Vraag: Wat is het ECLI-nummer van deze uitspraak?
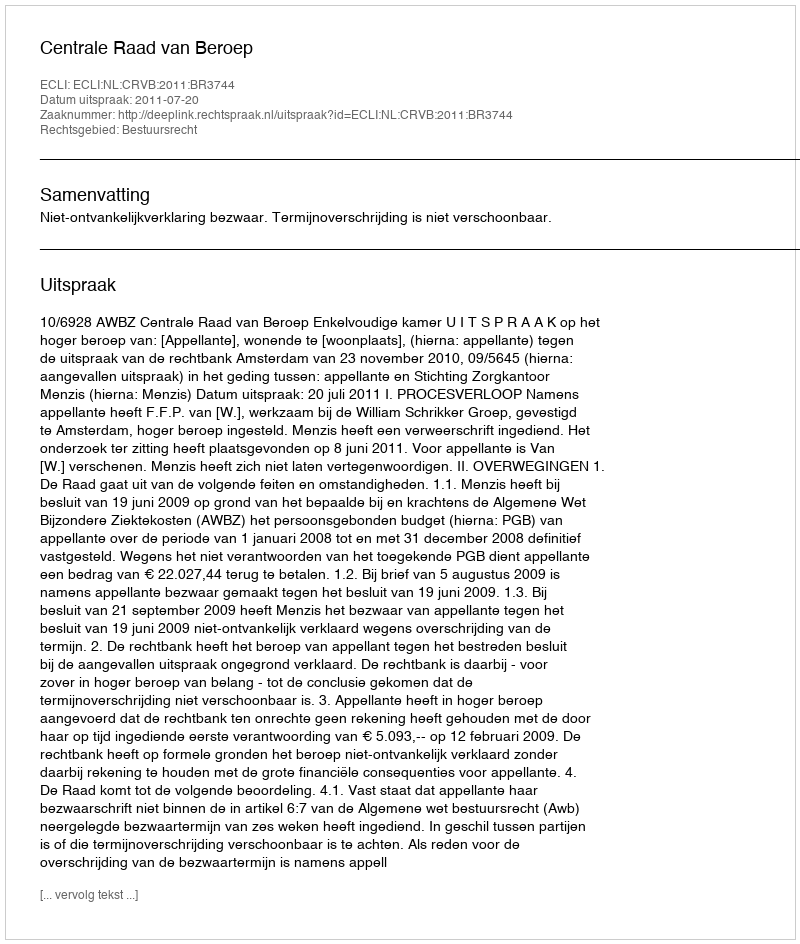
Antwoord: ECLI:NL:CRVB:2011:BR3744